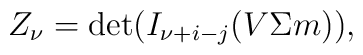
Z_{\nu} =  \det (I_{\nu +i -j}(V \Sigma m)) ,